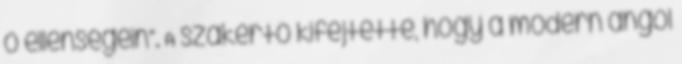
ő ellenségein”. A szakértő kifejtette, hogy a modern angol